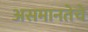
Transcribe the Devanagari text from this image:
असमानतेचे